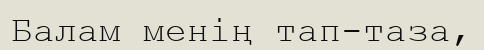
Балам менiң тап-таза,